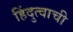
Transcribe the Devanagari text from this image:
हिंदुत्वाची